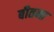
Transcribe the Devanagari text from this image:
बीतना